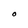
Character: O